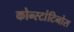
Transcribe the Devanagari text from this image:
कोन्स्टांटिनोस